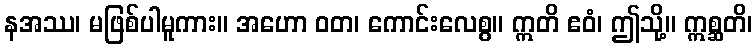
နအဿ၊ မဖြစ်ပါမူကား။ အဟော ဝတ၊ ကောင်းလေစွ။ ဣတိ ဧဝံ၊ ဤသို့။ ဣစ္ဆတိ၊